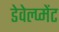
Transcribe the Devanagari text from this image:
डेवेल्प्मेंट